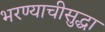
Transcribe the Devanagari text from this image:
भरण्याचीसुद्धा